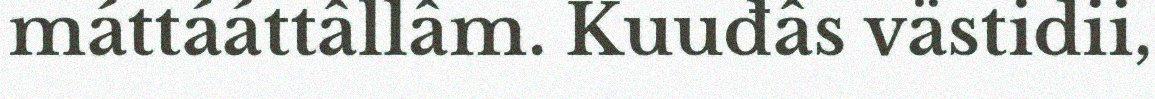
máttááttâllâm. Kuuđâs västidii,